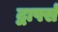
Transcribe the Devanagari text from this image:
द्वार्फ्स